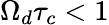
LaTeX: \Omega_{d}\tau_{c}<1